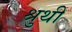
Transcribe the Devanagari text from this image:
श्रुथी